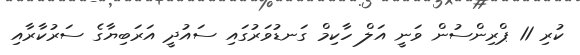
ކުރި 11 ޕްރިންސުން ވަނީ އަލް ހާކިމް ގަނޑުވަރުގައި ސައުދީ އަރަބިޔާގެ ސަރުކާރާއި